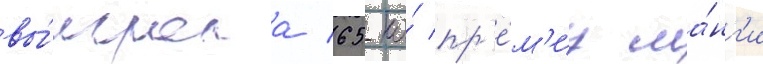
вы́играла 65-ю́ пр'е́м'иу ма́нг'и